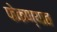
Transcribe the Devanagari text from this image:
फेकण्यात